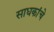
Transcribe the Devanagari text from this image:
साधकांचे